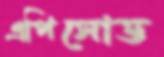
এপিসোড